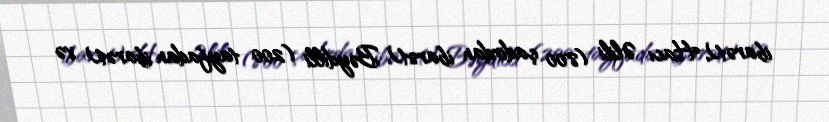
ibarət), Hacı Əlili (800 çadırdan ibarət), Bəydilli (200 tayfadan ibarət) və